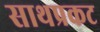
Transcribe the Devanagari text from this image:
साथप्रकट